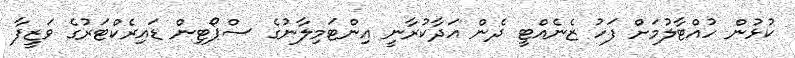
ކުޅުން ހުއްޓާލުމަށް ފަހު ޒެނެއްޓީ ދެން އަދާކުރާނީ އިންޓަމިލާނުގެ ސްޕޯޓިން ޑައިރެކްޓަރުގެ ވަޒީފާ